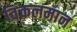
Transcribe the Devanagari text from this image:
विंकलमान